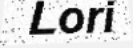
Lori